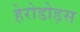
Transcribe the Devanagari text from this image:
हेरोडोड़स